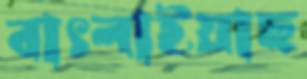
বাৎলাইয়াছ